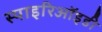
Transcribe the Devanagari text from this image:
स्पाइरिऑइडी